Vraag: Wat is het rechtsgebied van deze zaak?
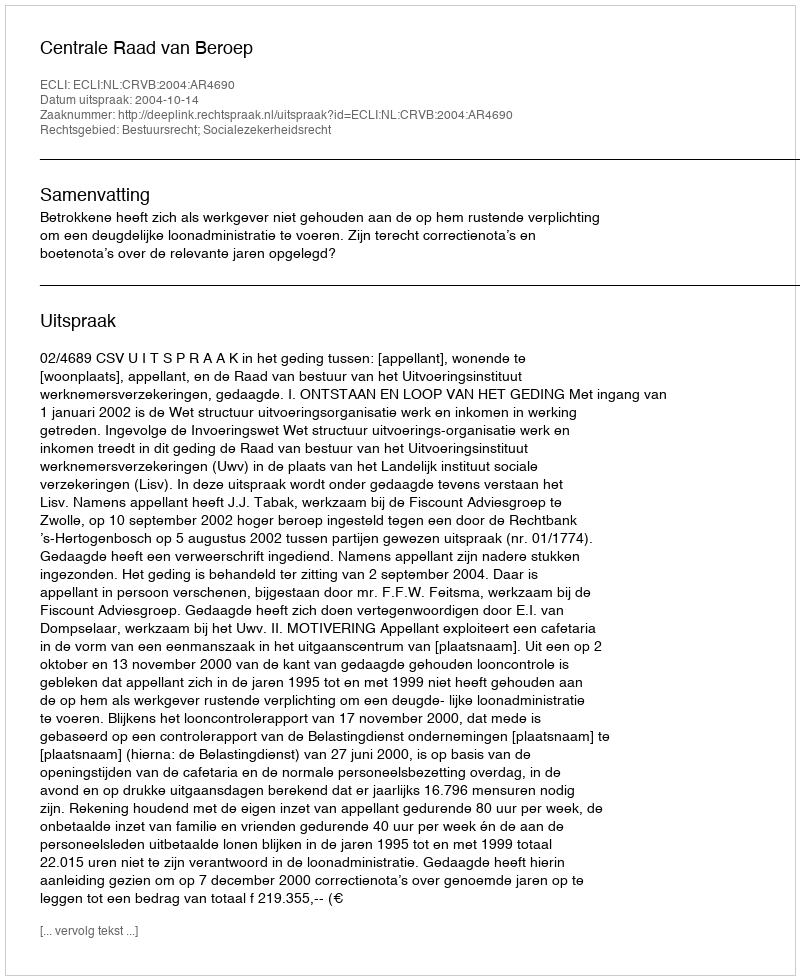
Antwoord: Bestuursrecht; Socialezekerheidsrecht